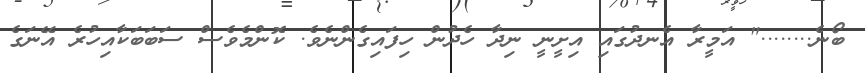
ބޯނެ........" އަމީރާ އެނދުގައި އިށީނީ ނިދާ ހެދުން ހިފައިގެންނެވެ. ކޮންމެވެސް ސަބަބަކާއިހުރެ އޭނަގެ